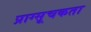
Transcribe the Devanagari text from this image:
प्राग्सूचकता